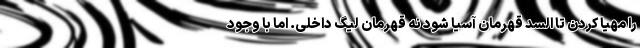
را مهیا کردن تا السد قهرمان آسیا شود نه قهرمان لیگ داخلی. اما با وجود